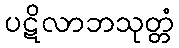
ပဋိလာဘသုတ္တံ